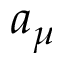
a _ { \mu }